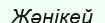
Жәнікей